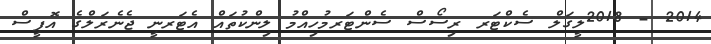
2014 - 2018ލީގަލް ސެކްޓަރ ރިސޯސް ސެންޓަރމުހިއްމު ލިންކުތައް އެޓަރނީ ޖެނެރަލްގެ އޮފީސް